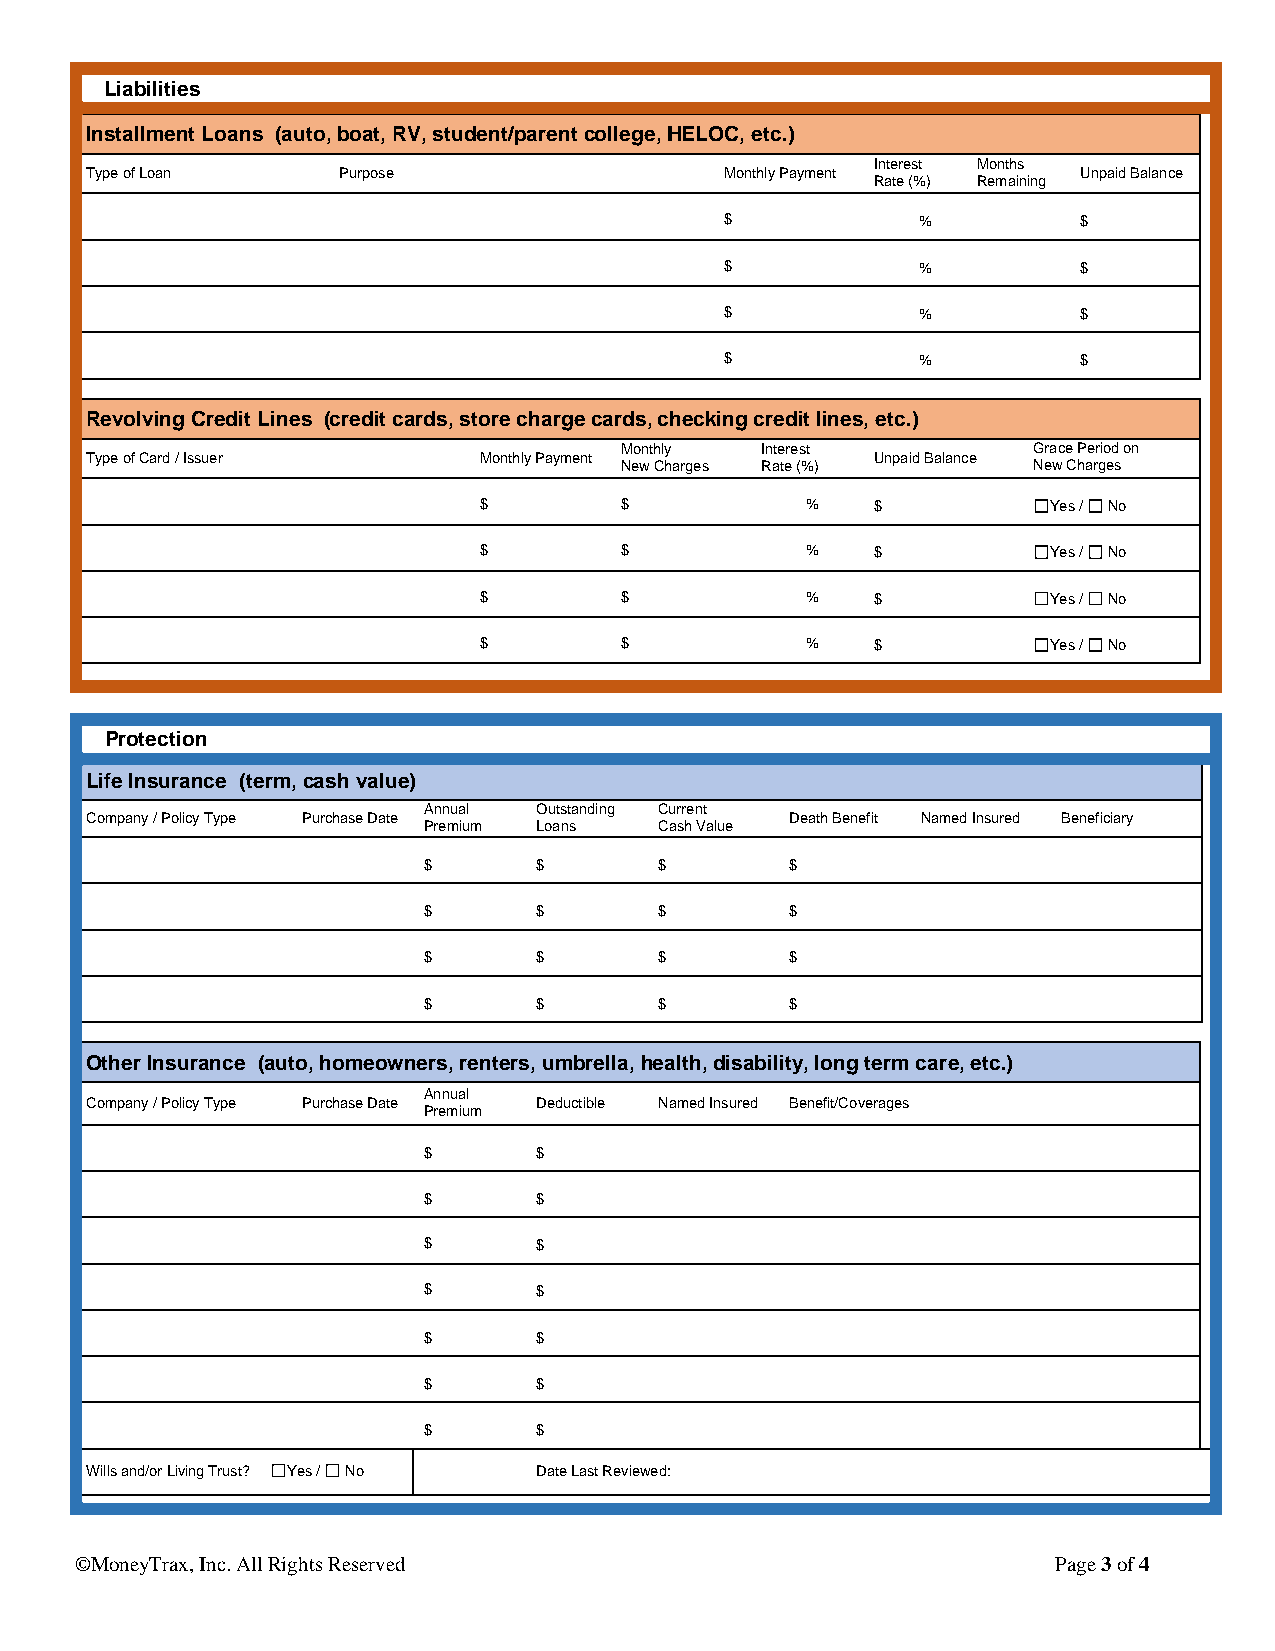
Liabilities
 Installment Loans (auto, boat, RV, student/parent college, HELOC, etc.)
 Interest Months
 Type of Loan    Purpose                   Monthly Payment         Unpaid Balance
 Rate (%) Remaining
 $            %          $
 $            %          $
 $            %          $
 $            %          $
 Revolving Credit Lines (credit cards, store charge cards, checking credit lines, etc.)
 Monthly  Interest          Grace Period on
 Type of Card / Issuer     Monthly Payment           Unpaid Balance
 New Charges Rate (%)       New Charges
 $        $           %    $           Yes / No
 $        $           %    $           Yes / No
 $        $           %    $           Yes / No
 $        $           %    $           Yes / No
 Protection
 Life Insurance (term, cash value)
 Annual  Outstanding Current
 Company / Policy Type Purchase Date           Death Benefit Named Insured Beneficiary
 Premium Loans   Cash Value
 $       $       $       $
 $       $       $       $
 $       $       $       $
 $       $       $       $
 Other Insurance (auto, homeowners, renters, umbrella, health, disability, long term care, etc.)
 Annual
 Company / Policy Type Purchase Date Deductible Named Insured Benefit/Coverages
 Premium
 $       $
 $       $
 $       $
 $       $
 $       $
 $       $
 $       $
 Wills and/or Living Trust? Yes / No Date Last Reviewed:
 ©MoneyTrax, Inc. All Rights Reserved                             Page 3 of 4